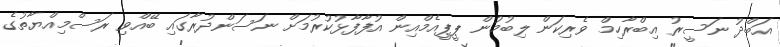
އަބްދު ނަސީރު އިބްރާހިމް ވެރިކަން ލިބުމުން ޕީޕީއެމްއިން އުފާފާޅުކުރުމަށް ނަސަންދުރާގައި ބޭއްވި ރަސްމިއްޔާތުގެ